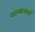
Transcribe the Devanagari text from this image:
फाल्कनबर्ग